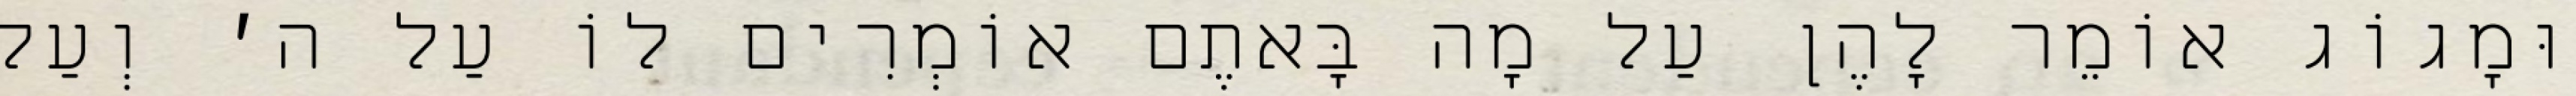
וּמָגוֹג אוֹמֵר לָהֶן עַל מָה בָּאתֶם אוֹמְרִים לוֹ עַל ה׳ וְעַל